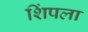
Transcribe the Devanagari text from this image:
शिंपला